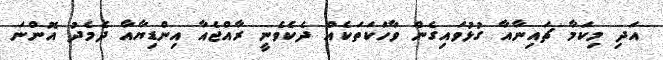
އަދި މިކަމާ ޗައިނާއާ ގުޅުވައިގެން ވާހަކަތަކެއް ދެކެވެނީ ރާއްޖެއާ އިންޑިޔާއާ ދެމެދު އޮންނަ